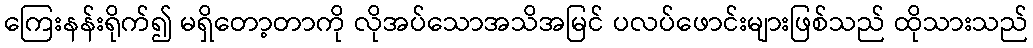
ကြေးနန်းရိုက်၍ မရှိတော့တာကို လိုအပ်သောအသိအမြင် ပလပ်ဖောင်းများဖြစ်သည် ထိုသားသည်